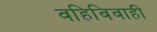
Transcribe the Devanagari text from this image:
वहिविवाही